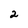
Character: 2